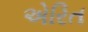
એરિત